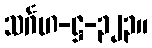
သင်္ဂဟ-ဋ္ဌ-၃၂၃။